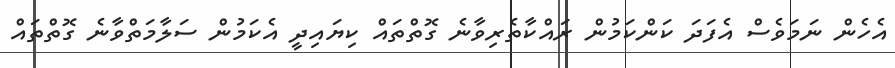
އެހެން ނަމަވެސް އެފަދަ ކަންކަމުން ރައްކާތެރިވާނެ ގޮތްތައް ކިޔައިދީ އެކަމުން ސަލާމަތްވާނެ ގޮތްތައް